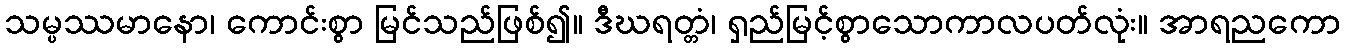
သမ္ပဿမာနော၊ ကောင်းစွာ မြင်သည်ဖြစ်၍။ ဒီဃရတ္တံ၊ ရှည်မြင့်စွာသောကာလပတ်လုံး။ အာရညကော